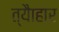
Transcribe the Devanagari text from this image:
त्यैाहार